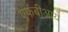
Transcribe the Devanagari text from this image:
एफबीआय